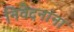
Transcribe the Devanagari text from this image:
निवेदनांना